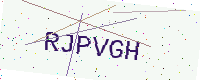
Text: RJPVGH